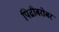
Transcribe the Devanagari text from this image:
पिढीबरोबर